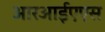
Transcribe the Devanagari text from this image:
आरआईएएस